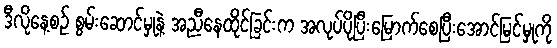
ဒီလိုနေ့စဉ် စွမ်းဆောင်မှုနဲ့ အညီနေထိုင်ခြင်းက အလုပ်ပိုပြီးမြောက်စေပြီးအောင်မြင်မှုကို